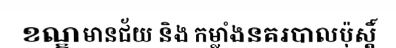
ខណ្ឌមានជ័យ និង កម្លាំងនគរបាលប៉ុស្តិ៍